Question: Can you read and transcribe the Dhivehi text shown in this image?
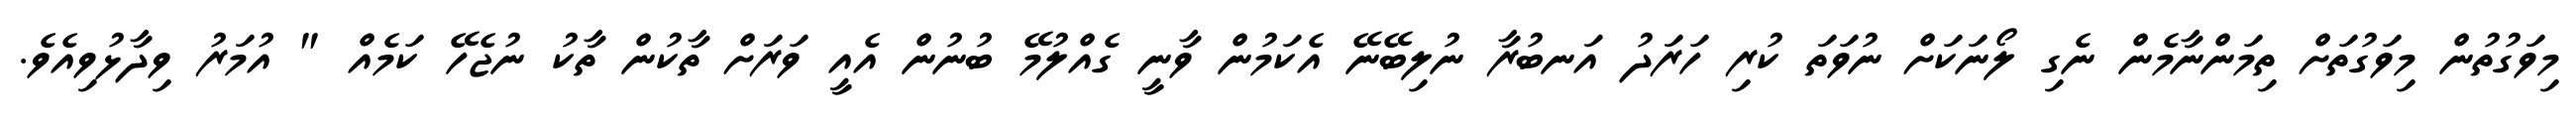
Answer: މިވަގުތުން މިވަގުތަށް ތިމަންނާމެން ނެގި ލޯނަކަށް ނުވަތަ ކުރި ހަރަދު އަނބުރާ ނުލިބޭނޭ އެކަމުން ވާނީ ގެއްލުމޭ ބުނުން އެއީ ވަރަށް ތާކުން ތާކު ނުޖެހޭ ކަމެއް " އުމަރު ވިދާޅުވިއެވެ.